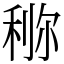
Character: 鿟